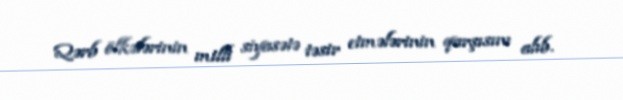
Qərb ölkələrinin milli siyasətə təsir etmələrinin qarşısını alıb.